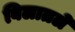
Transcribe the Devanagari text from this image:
बिलातले